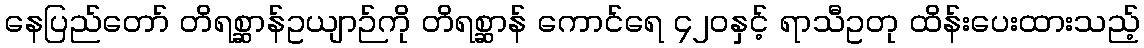
နေပြည်တော် တိရစ္ဆာန်ဥယျာဉ်ကို တိရစ္ဆာန် ကောင်ရေ ၄၂၀နှင့် ရာသီဥတု ထိန်းပေးထားသည့်